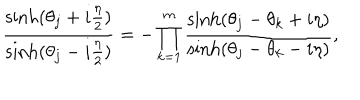
LaTeX: \frac { \sinh ( { \theta _ { j } + i { \frac { \eta } { 2 } } } ) } { \sinh ( { \theta _ { j } - i { \frac { \eta } { 2 } } } ) } = - \prod _ { k = 1 } ^ { m } \frac { \sinh ( { \theta _ { j } - \theta _ { k } + i \eta } ) } { \sinh ( { \theta _ { j } - \theta _ { k } - i \eta } ) } ,